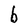
Character: b